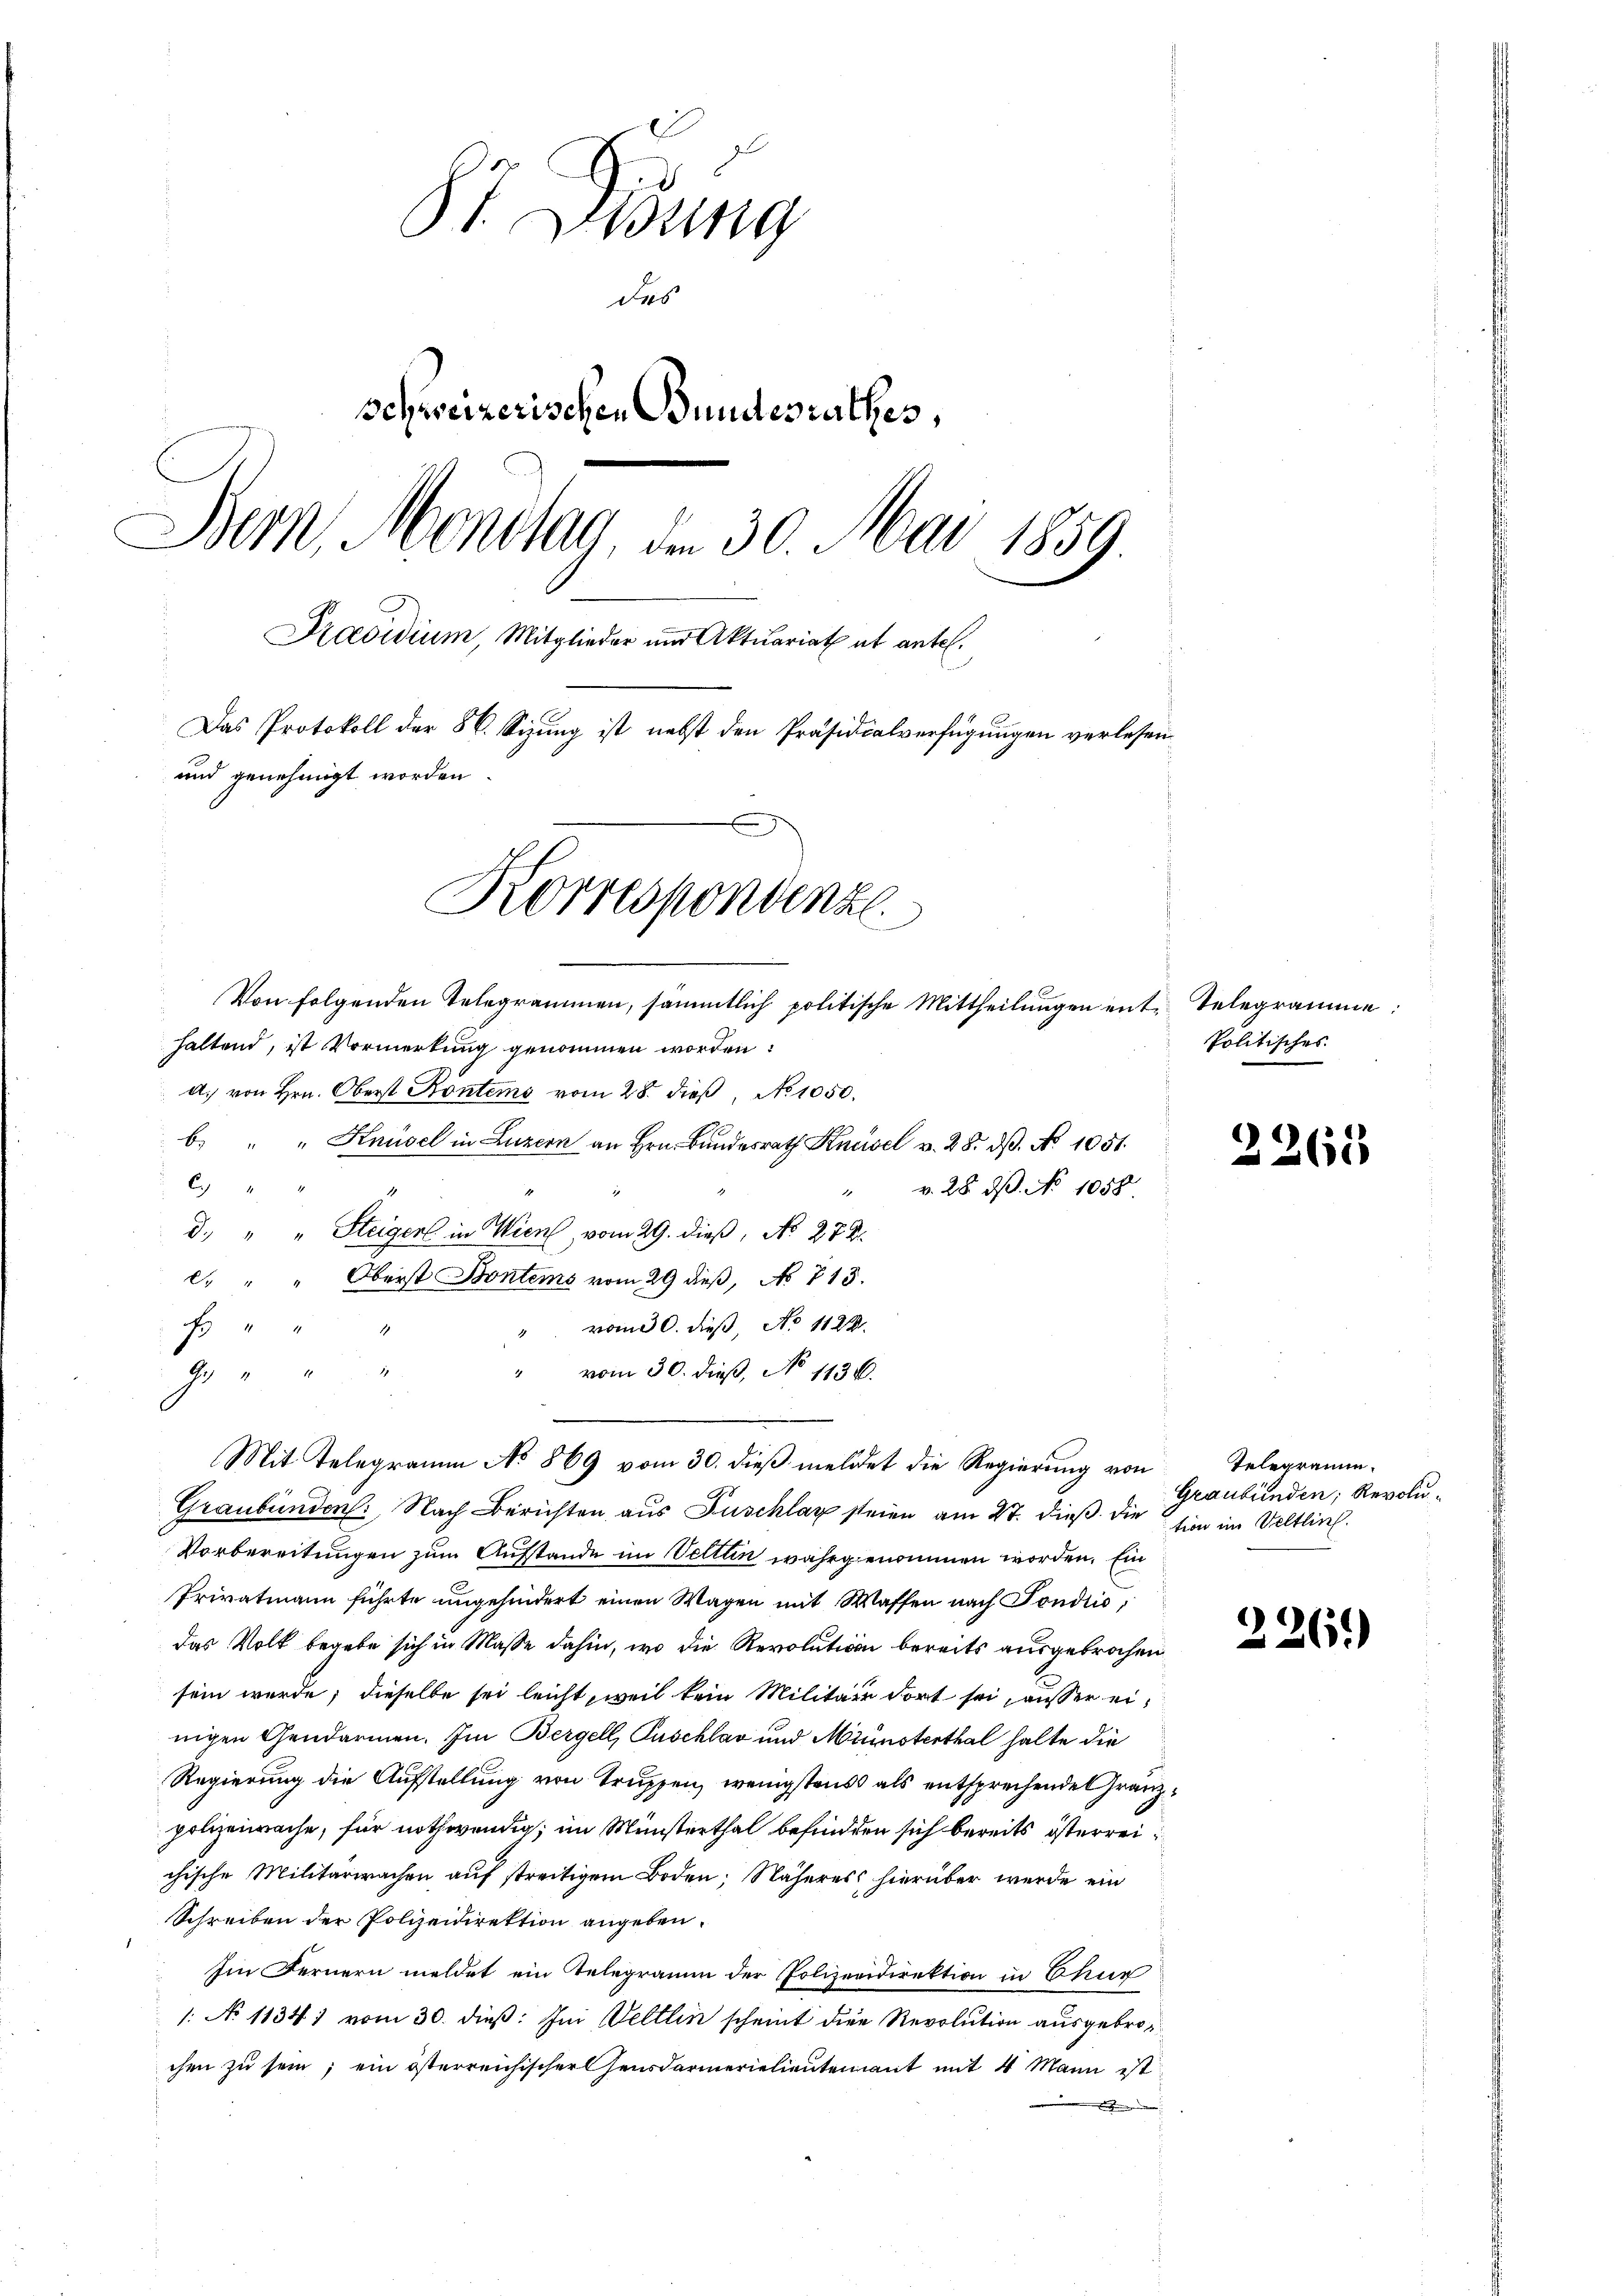
St. Lesung
Das
schweizerischen Bundesrathes,
Bern, Montag, den 30. Mai 1859
Präsidium, Mitglieder und Aktuariat et antel.
Das Protokoll der 86. Sizung ist nebst den Präsidialverfügungen verlesen
und genehmigt worden
Korrespondenze

9

Von folgenden Telegrammen, sämmtlich politische Mittheilungen ent-Telegramme
haltend, ist Vormerkung genommen worden:
A. von Hrn. Oberst Kontems vom 28. dieß, No 1050.
b. " " Knüsel in Luzern an Hrn. Bundesrath Knüsel v. 28. dβ. No 1051.

v. 28. ds. No 1055
.
d. " " Steiger in Wien, vom 29. dieß, No 27. D
c. " " Oberst Bontems vom 29 dieß, No 713.
 " " 4
" vom 30. dieß, No 1128.
" vom 30. dieß, No 1138.
Graubünden. Nach Berichten aus Fuschlag steien am 27. dieß die hin im Veltlich.
Vorbereitungen zum Aufstande im Veltlin wahrgenommen worden. Ein
Privatmann führte ungehindert einen Wagen mit Waffen nach Tendiis,
das Volk begebe sich in Masse dahin, wo die Revolution bereits ausgebrochen
sein werde; dieselbe sei leicht, weil kein Militäre dort sei, ausser einigen Gendarmen. Im Bergell, Puschlav und Minnsterthal halte die
Regierung die Aufstellung von Truppen, wenigstens als entsprechenderanzpolizeiwache, für nothwendig; im Münsterthal befinden sich bereits österreichische Militärwachen auf streitigem Boden; Näheress hierüber wurde ein
Schreiben der Polizeidirektion angeben.
Im Fernern meldet ein Telegramm der Polizeidirektion in Chur
1: No 1134) vom 30. dieß: Im Veltlin scheint die Revolution ausgebrochen zu sein; ein österreichischer Gensdarmerielienten mit mit 4 Mann ist

Mit Telegramm No 869 vom 30. dieβ meldet die Regierŭng von Telegramm-

Politisches

2262

Graubünden; Revolu¬

226.